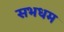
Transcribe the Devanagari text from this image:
सभधम